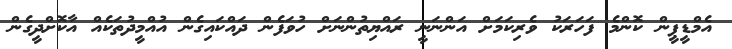
އެމްޑީޕީން ކޮންމެ ފަހަރަކު ވެރިކަމަށް އަންނަނީ ރައްޔިތުންނަަށް ހުވަފެން ދައްކައިގެން އުއްމީދުތަކެއް އާކޮށްދީގެން